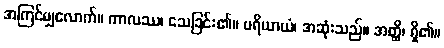
အကြင်မျှလောက်။ ကာလဿ၊ သေခြင်း၏။ ပရိယာယံ၊ အဆုံးသည်။ အတ္ထိ၊ ရှိ၏။